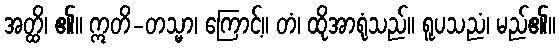
အတ္ထိ၊ ၏။ ဣတိ-တသ္မာ၊ ကြောင့်။ တံ၊ ထိုအာရုံသည်။ ရူပသညံ၊ မည်၏။